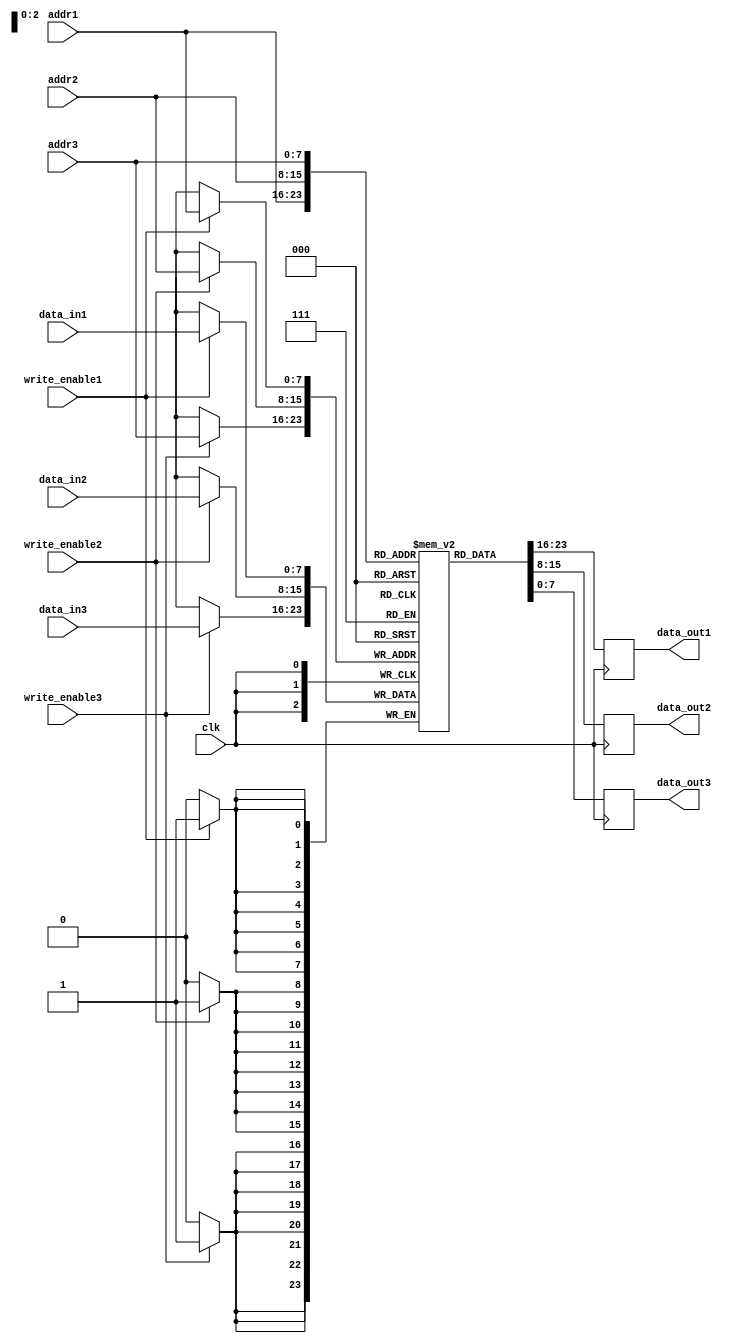
module MemoryBlocksTriplePortRegFile(
    input wire clk,
    input wire [7:0] addr1,
    input wire [7:0] addr2,
    input wire [7:0] addr3,
    input wire [7:0] data_in1,
    input wire [7:0] data_in2,
    input wire [7:0] data_in3,
    input wire write_enable1,
    input wire write_enable2,
    input wire write_enable3,
    output reg [7:0] data_out1,
    output reg [7:0] data_out2,
    output reg [7:0] data_out3
);

reg [7:0] reg_file [0:255];

always @ (posedge clk) begin
    if(write_enable1) begin
        reg_file[addr1] <= data_in1;
    end
    if(write_enable2) begin
        reg_file[addr2] <= data_in2;
    end
    if(write_enable3) begin
        reg_file[addr3] <= data_in3;
    end
    data_out1 <= reg_file[addr1];
    data_out2 <= reg_file[addr2];
    data_out3 <= reg_file[addr3];
end

endmodule